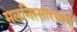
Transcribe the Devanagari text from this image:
मलनिस्सारणाची